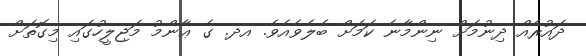
ދައުރެއް ދިނުމަށް ނިންމާނެ ކަމަށް ބެލެވެއެވެ. އދ. ގެ ޢާންމު މަޖިލީހުގައި މިގޮތަށް